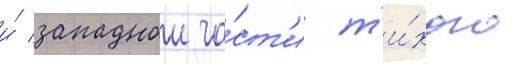
и́ западнои ча́ст'и т'и́хого